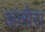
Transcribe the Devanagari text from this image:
अलोरा